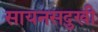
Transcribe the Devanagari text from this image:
सायनसदुखी